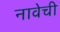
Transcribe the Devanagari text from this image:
नावेची